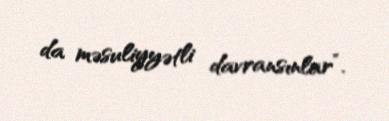
da məsuliyyətli davransınlar”.